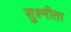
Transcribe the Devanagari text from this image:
सुश्मीता